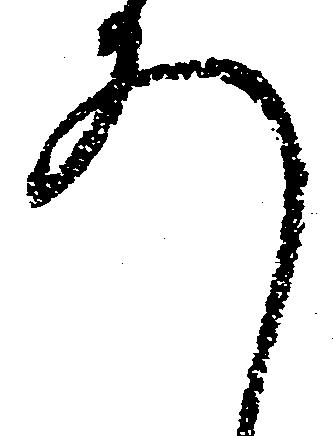
ろ